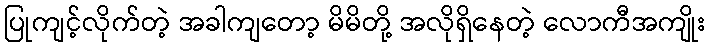
ပြုကျင့်လိုက်တဲ့ အခါကျတော့ မိမိတို့ အလိုရှိနေတဲ့ လောကီအကျိုး